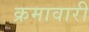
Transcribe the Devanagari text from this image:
क्रमावारी